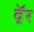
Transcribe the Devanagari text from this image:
दॅ़र